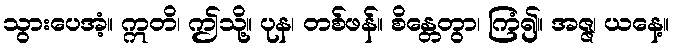
သွားပေအံ့။ ဣတိ၊ ဤသို့။ ပုန၊ တစ်ဖန်။ စိန္တေတွာ၊ ကြံ၍။ အဇ္ဇ၊ ယနေ့။